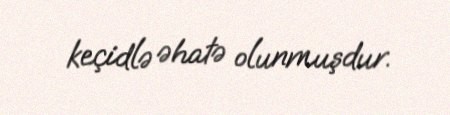
keçidlə əhatə olunmuşdur.